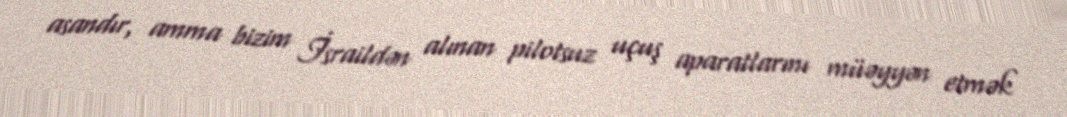
asandır, amma bizim İsraildən alınan pilotsuz uçuş aparatlarını müəyyən etmək